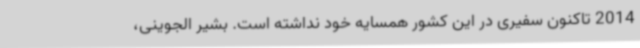
2014 تاکنون سفیری در این کشور همسایه خود نداشته است. بشیر الجوینی،